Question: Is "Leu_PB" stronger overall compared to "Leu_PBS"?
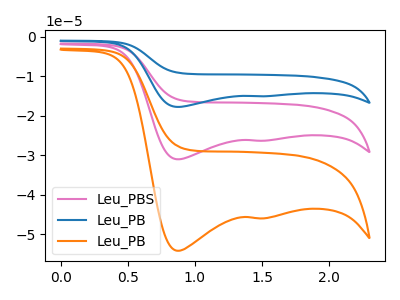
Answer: <think>The pink curve "Leu_PBS" has cathodic peaks at (0.85V, -31.00uA) (1.50V, -26.30uA). The blue curve "Leu_PB" has cathodic peaks at (0.85V, -61.95uA) (1.50V, -52.55uA). The orange curve "Leu_PB" has cathodic peaks at (0.85V, -54.10uA) (1.50V, -45.90uA).
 All the peaks in "Leu_PB" have a peak in "Leu_PBS" at the same potential. Every peak in "Leu_PB" is higher than every peak in "Leu_PBS".</think>
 <answer>"Leu_PB" has more signal than "Leu_PBS".</answer>
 <eval>more_signal</eval>